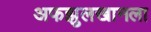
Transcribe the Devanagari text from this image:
अफझुलखानला